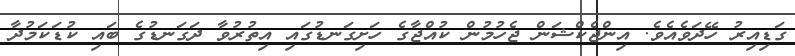
ގަޑިއިރު ހޭދަވެއެވެ. އިންޖެކްޝަން ޖެހުމުން ކުއްޖާގެ ހަށިގަނޑުގައި އިތުރުވާ ދަގަނޑުގެ ބައި ކުޑަކަމުދާ